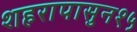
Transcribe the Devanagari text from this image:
शहरापासुन१५